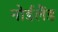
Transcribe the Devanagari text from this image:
नोर्डलैंड